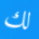
لك